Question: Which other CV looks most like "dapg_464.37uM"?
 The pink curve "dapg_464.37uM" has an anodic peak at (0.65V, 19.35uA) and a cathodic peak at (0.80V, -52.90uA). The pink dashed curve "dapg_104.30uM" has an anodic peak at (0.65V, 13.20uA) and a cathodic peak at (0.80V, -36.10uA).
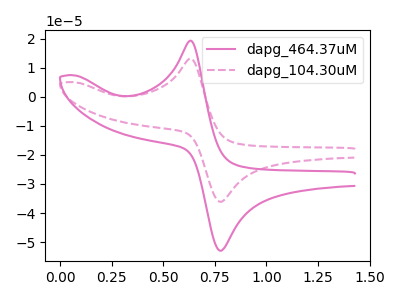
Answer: <think>All the peaks in "dapg_464.37uM" have a peak in "dapg_104.30uM" at the same potential. Every peak in "dapg_464.37uM" is higher than every peak in "dapg_104.30uM".
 </think>
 <answer>The CV with the most similar shape to "dapg_104.30uM" is "dapg_464.37uM".</answer>
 <eval>"dapg_464.37uM"</eval>